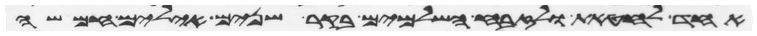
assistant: אחד לחטאת ולזבח השלמים בקר שנים אילים חמשה